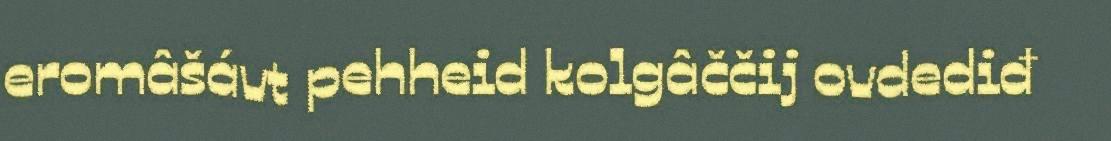
eromâšávt pehheid kolgâččij ovdediđ